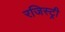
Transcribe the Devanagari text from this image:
रजिस्‍ट्री